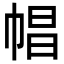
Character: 𢃑